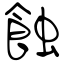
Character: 蝕